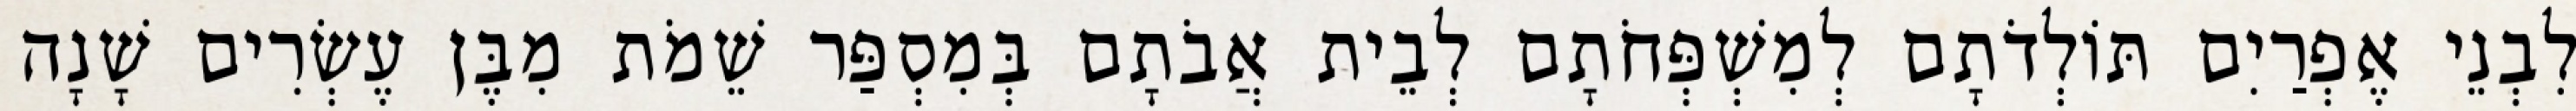
לִבְנֵי אֶפְרַיִם תּוֹלְדֹתָם לְמִשְׁפְּחֹתָם לְבֵית אֲבֹתָם בְּמִסְפַּר שֵׁמֹת מִבֶּן עֶשְׂרִים שָׁנָה